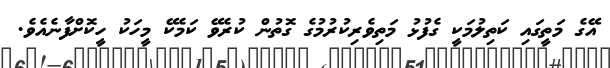
އޭގެ މަތީގައި ކަތިލުމަކީ ގެފުޅު މަތިވެރިކުރުމުގެ ގޮތުން ކުރެވޭ ކަމެކޭ މީހަކު ހީކޮށްފާނެއެވެ.